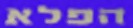
הפלא